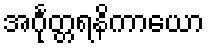
အင်္ဂုတ္တရနိကာယော